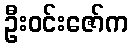
ဦးဝင်းဇော်က